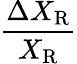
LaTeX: \frac{\Delta X_{\mathrm R}}{X_{\mathrm R}}